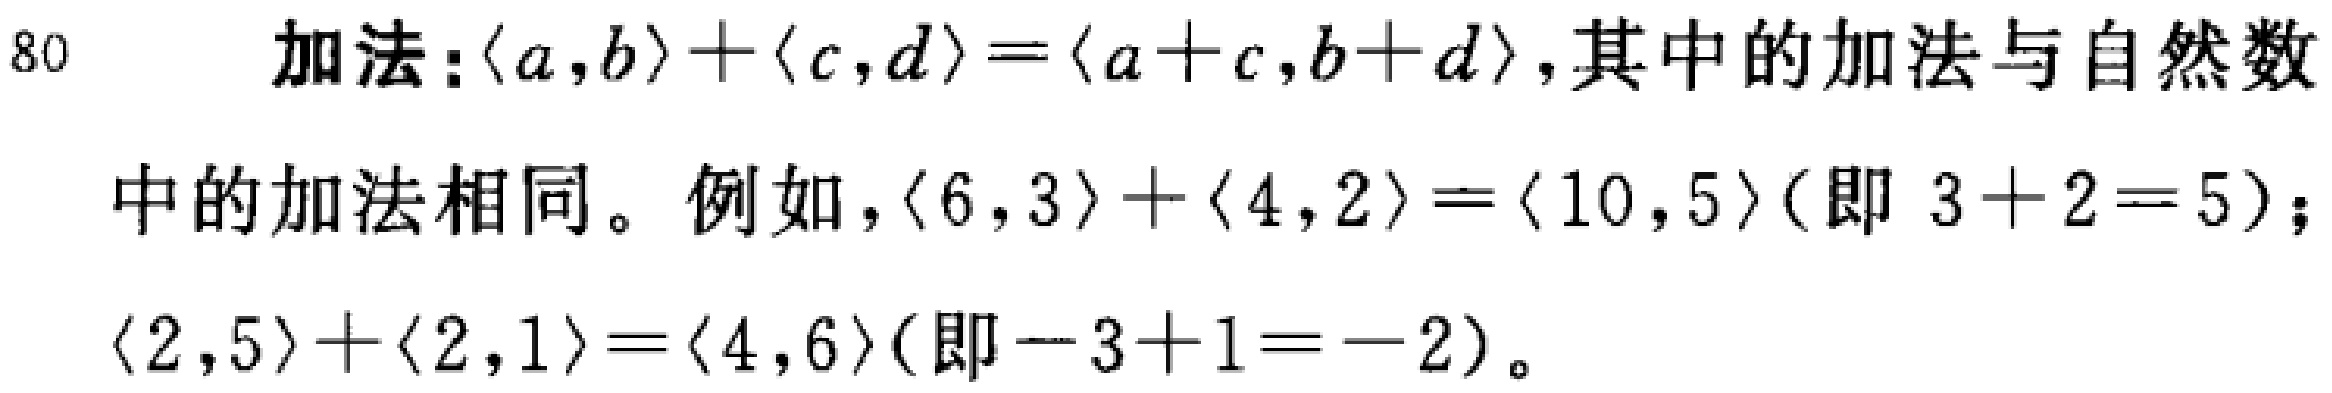
加法:$\langle a,b\rangle+\langle c,d\rangle=\langle a + c,b + d\rangle$,其中的加法与自然数
中的加法相同。例如，$\langle 6,3\rangle+\langle 4,2\rangle=\langle 10,5\rangle$(即 $3 + 2 = 5$)；
$\langle 2,5\rangle+\langle 2,1\rangle=\langle 4,6\rangle$(即$- 3 + 1 = - 2$)。